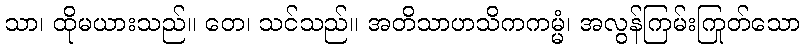
သာ၊ ထိုမယားသည်။ တေ၊ သင်သည်။ အတိသာဟသိကကမ္မံ၊ အလွန်ကြမ်းကြုတ်သော